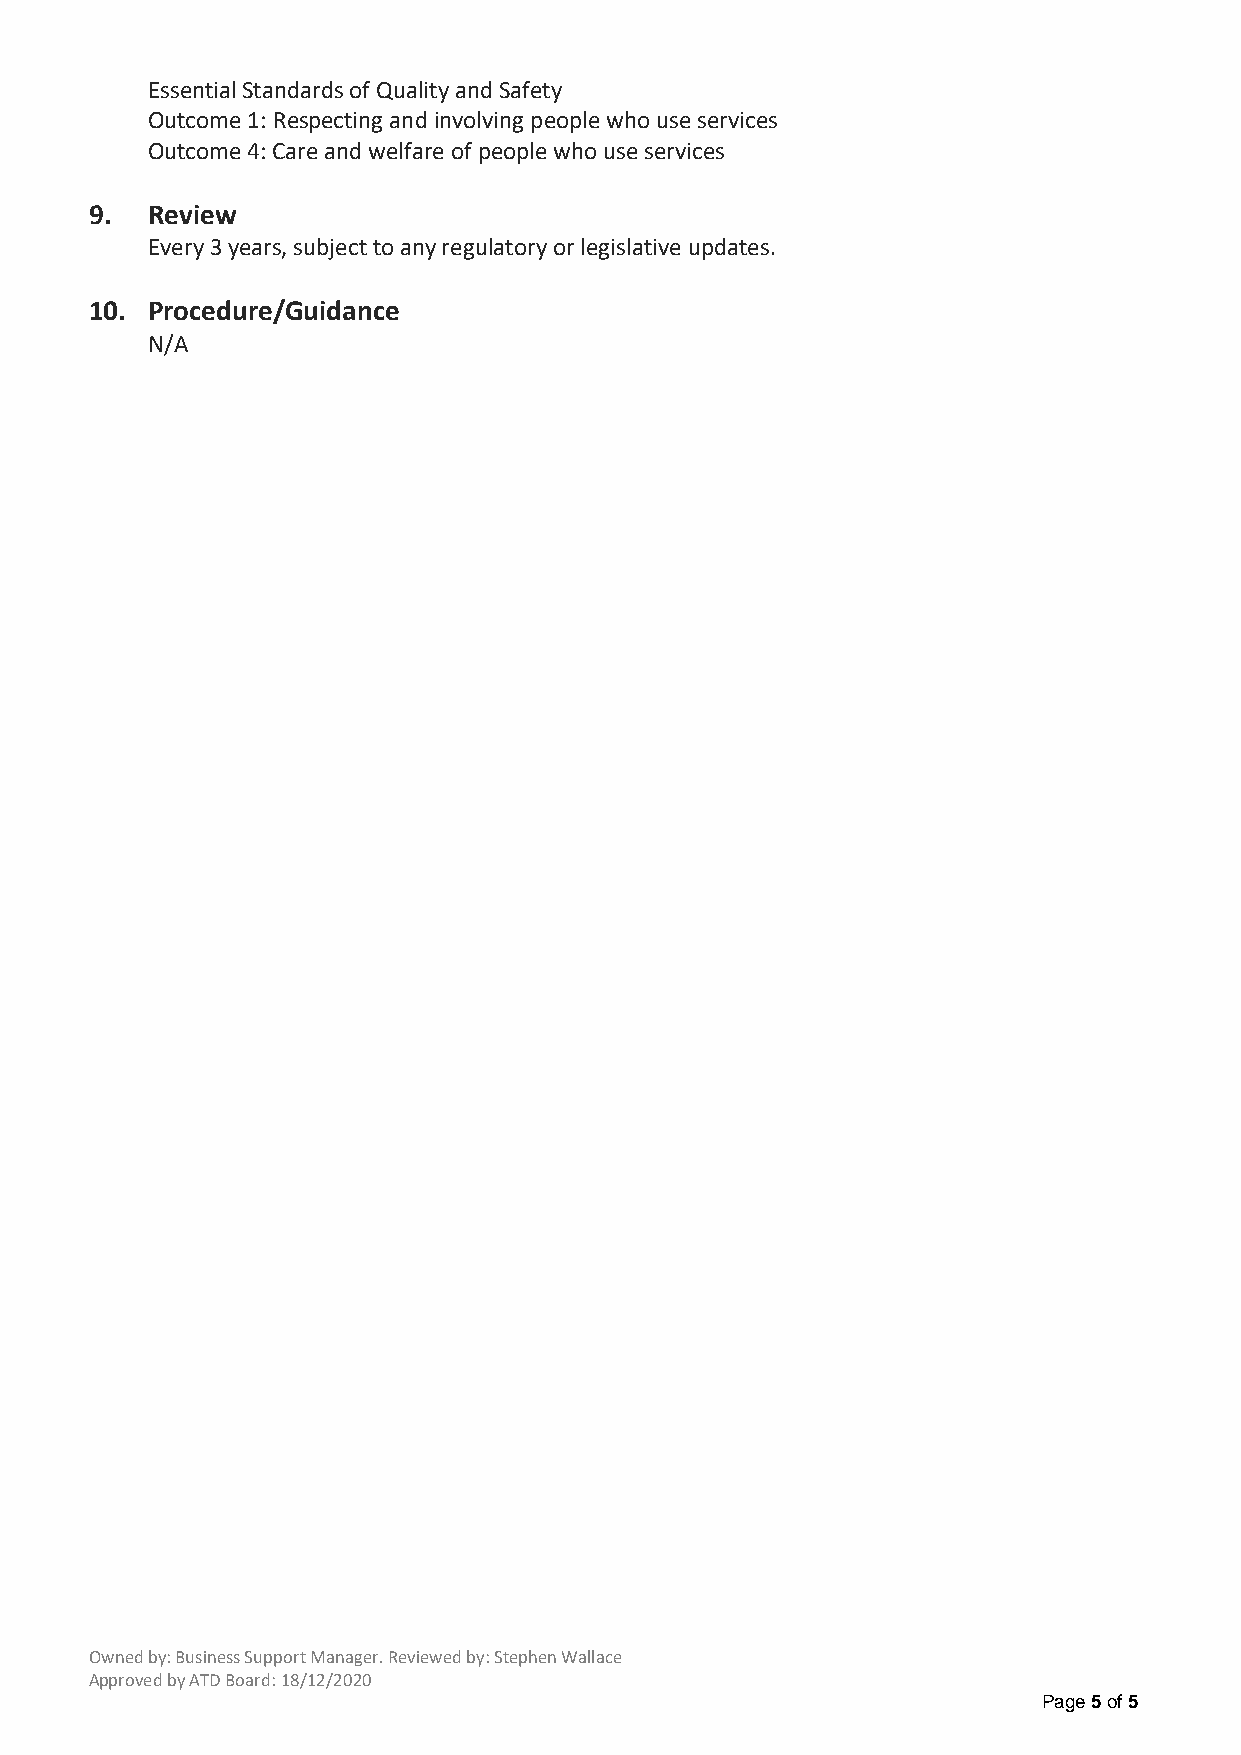
Essential Standards of Quality and Safety
 Outcome 1: Respecting and involving people who use services
 Outcome 4: Care and welfare of people who use services
 9.  Review
 Every 3 years, subject to any regulatory or legislative updates.
 10. Procedure/Guidance
 N/A
 Owned by: Business Support Manager. Reviewed by: Stephen Wallace
 Approved by ATD Board: 18/12/2020
 Page 5 of 5